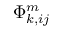
\Phi _ { k , i j } ^ { m }